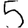
Digit: 5